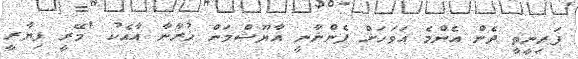
ޕަރިނީތީ ދެން އެންމެ އަވަހަށް ފެންނާނީ އާޔޫޝްމަން ޚުރާނާ އާއެކު 'މޭރީ ޕިޔާރީ